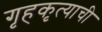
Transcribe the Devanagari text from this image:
गृहकृत्याची